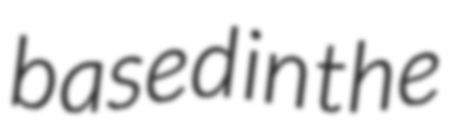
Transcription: based in the